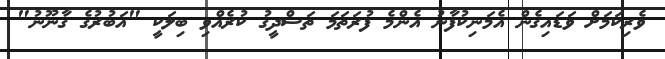
ވެރިކަމަށް ވަޑައިގެން އެމަނިކުފާނު އެންމެ ފުރަތަމަ ތަސްދީގު ކުރެއްވި ބިލަކީ "އަބުރުގެ ގާނޫނު"